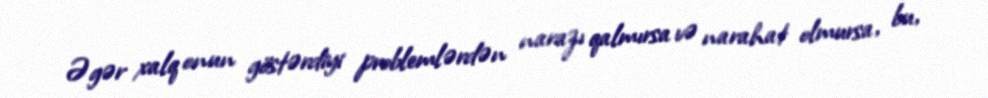
Əgər xalq onun göstərdiyi problemlərdən narazı qalmırsa və narahat olmursa, bu,